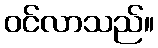
ဝင်လာသည်။